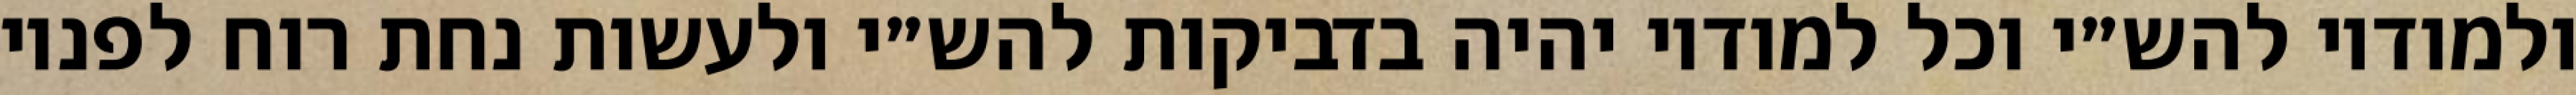
ולמודיו להש״י וכל למודיו יהיה בדביקות להש״י ולעשות נחת רוח לפניו